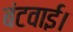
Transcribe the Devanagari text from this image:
बंटवाई।